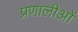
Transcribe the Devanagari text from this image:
प्रणालीओं